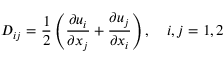
{ D } _ { i j } = \frac { 1 } { 2 } \left( \frac { \partial u _ { i } } { \partial x _ { j } } + \frac { \partial u _ { j } } { \partial x _ { i } } \right) , \quad i , j = 1 , 2